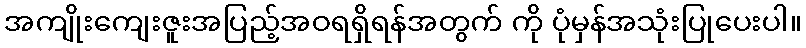
အကျိုးကျေးဇူးအပြည့်အဝရရှိရန်အတွက် ကို ပုံမှန်အသုံးပြုပေးပါ။